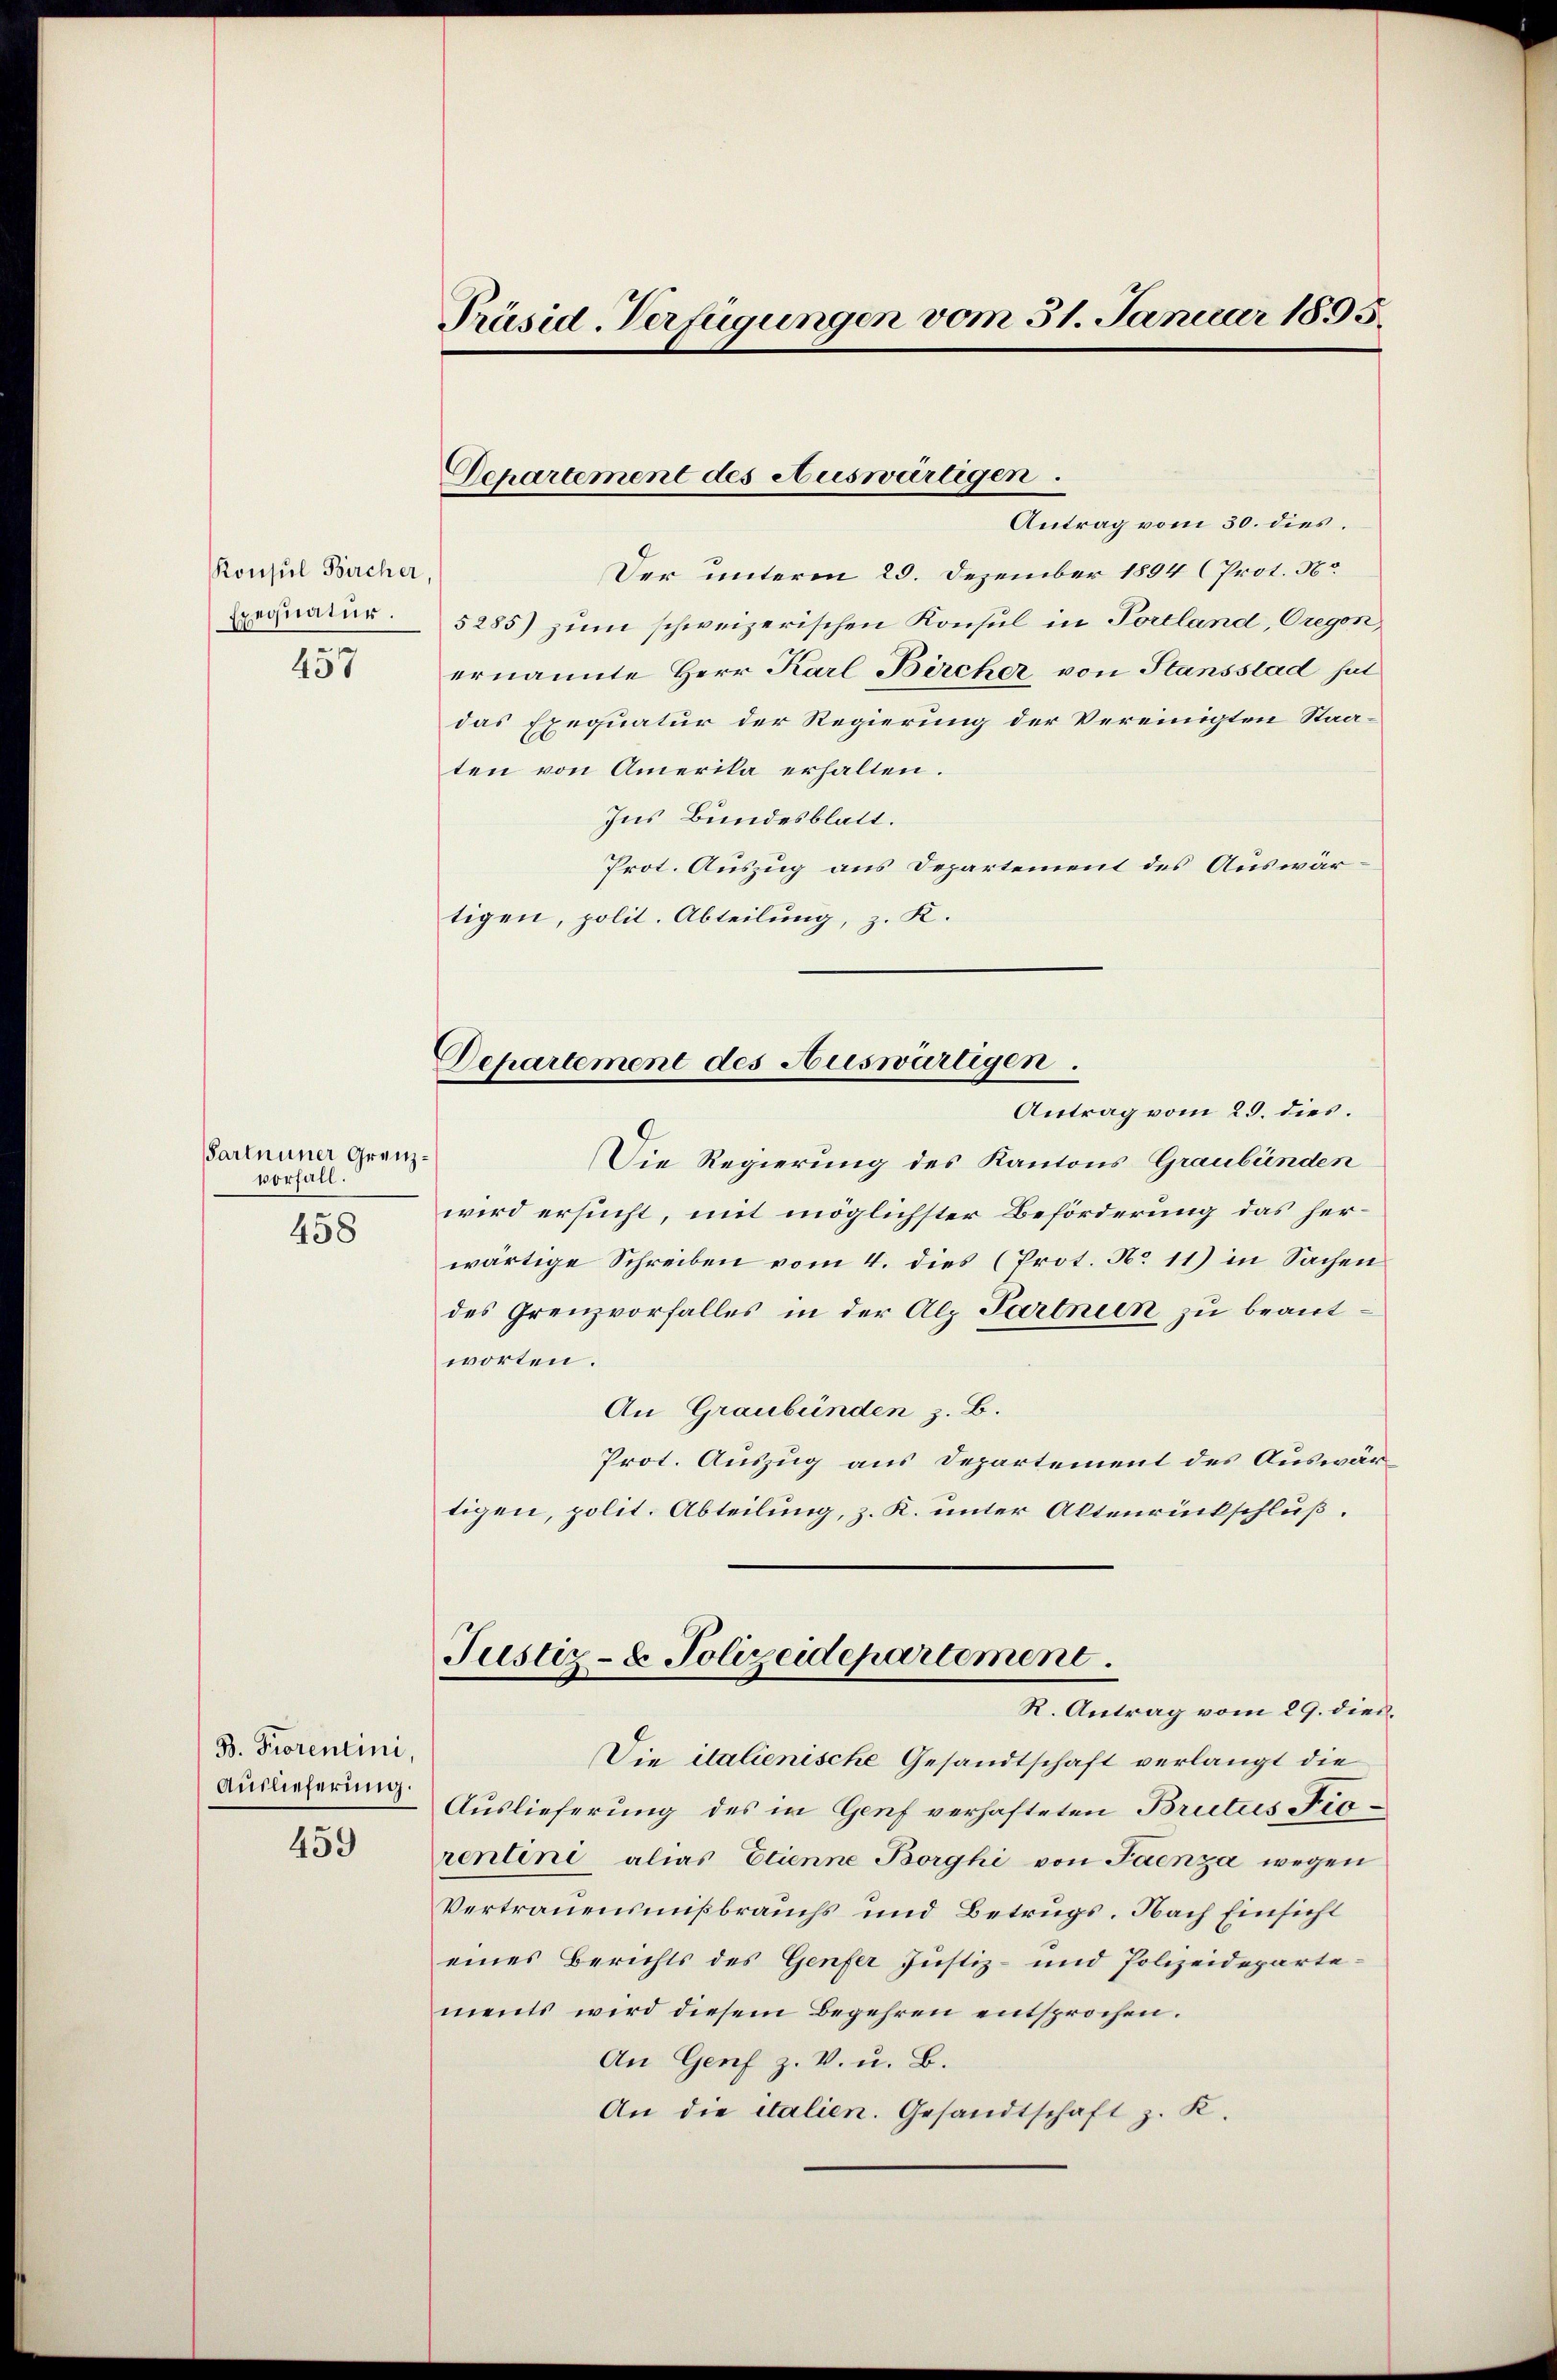
Konsul Bircher
Exequatur.

457

Partnuner Grenzvorfall.
458

459

B. Prorentini,
Auslieferung.

Präsid-Verfügungen vom 31. Januar 1895.

Antrag vom 30. dies
Der unterm 29. Dezember 1894 (Prot. N
5285) zum schweizerischen Konsul in Porcland, Gregen,
ernannte Herr Karl Bircher, von Stansstad hat
das Exequatur der Regierung der Vereinigten Staaten von Amerika erhalten.
Ins Bundesblatt.
Prot. Auszug aus Departement des Auswärtigen, polit. Abteilung, z. K.
Antrag vom 23. dies.
Die Regierung des Kantons Graubünden
wird ersucht, mit möglichster Beförderung das herwärtige Schreiben vom 4. dies (Prot. No 11) in Sachen
des Grenzvorfalles in der Alp Sartnun zu beantworten.
An Graubünden z. B.
Prot. Auszug aus Departement des Auswärtigen, polit. Abteilung, z. K. unter Altenrückschluß.
Justiz- & Polizeidepartement.
R. Antrag vom 29. dies
Die italienische Gesandtschaft verlangt die
Auslieferung des in Genf verhafteten Brutus Fiorentini alias Etienne Borghi von Faenza wegen
Vertrauensmißbrauchs und Betrugs. Nach Einsicht
eines Berichts des Genfer Justiz- und Polizeidepartements wird diesem Begehren entsprochen.
An Genf z. V. u. B.
An die italien. Gesandtschaft z. K.

Separtement des Auswärtigen.

Departement des Auswärtigen.